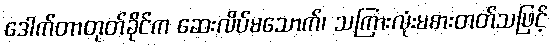
ဒေါက်တာတုတ်ခိုင်က ဆေးလိပ်မသောက်၊ သကြားလုံးမစားတတ်သဖြင့်